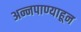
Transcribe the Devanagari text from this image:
अन्नपाण्याहून